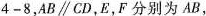
4-8，AB \parallel CD，E，F分别为 AB，